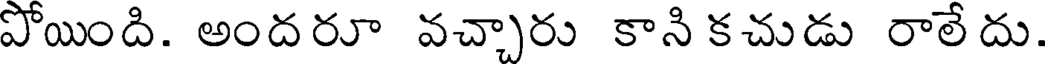
పోయింది. అందరూ వచ్చారు కాని కచుడు రాలే దు.